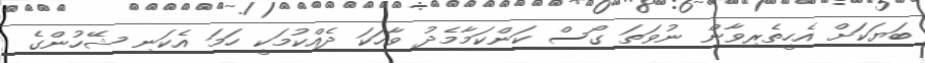
ބަޔަކަށް އެހީތެރިވާން ނުވަތަ ގޯސް ކަންކަމާމެދު ވާހަކަ ދެއްކުމަކީ ހަމަ އެކަނި ޝޭހުންގެ